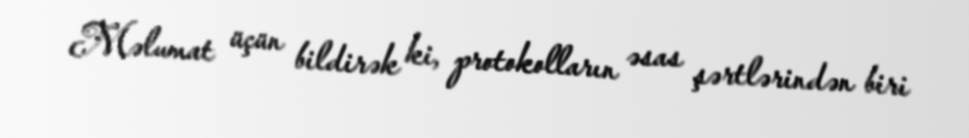
Məlumat üçün bildirək ki, protokolların əsas şərtlərindən biri